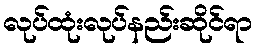
လုပ်ထုံးလုပ်နည်းဆိုင်ရာ